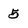
Character: 5